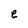
Character: e